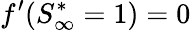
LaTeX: f^{\prime}(S_{\infty}^{*}=1)=0